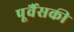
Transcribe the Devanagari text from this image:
पूर्वैसकी